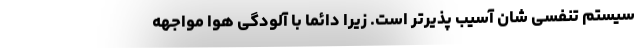
سیستم تنفسی شان آسیب پذیرتر است. زیرا دائما با آلودگی هوا مواجهه